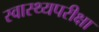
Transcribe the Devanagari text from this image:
स्वास्थ्यपरीक्षा